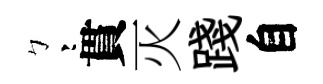
彎貫灭踐自